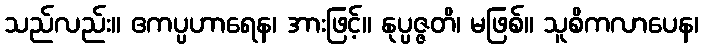
သည်လည်း။ ဧကပ္ပဟာရေန၊ အားဖြင့်။ နုပ္ပဇ္ဇတိ၊ မဖြစ်။ သူစိကလာပေန၊